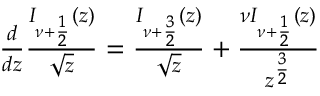
\begin{array} { r } { \frac { d } { d z } \frac { I _ { \nu + \frac { 1 } { 2 } } ( z ) } { \sqrt { z } } = \frac { I _ { \nu + \frac { 3 } { 2 } } ( z ) } { \sqrt { z } } + \frac { \nu I _ { \nu + \frac { 1 } { 2 } } ( z ) } { z ^ { \frac { 3 } { 2 } } } } \end{array}